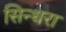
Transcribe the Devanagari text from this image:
सिन्धरा